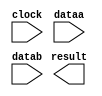
module mult30_9 (
	clock,
	dataa,
	datab,
	result);

	input	  clock;
	input	[29:0]  dataa;
	input	[8:0]  datab;
	output	[38:0]  result;

endmodule